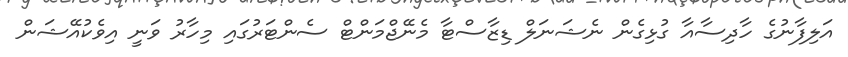
އަލިފާނުގެ ހާދިސާއާ ގުޅިގެން ނެޝަނަލް ޑިޒާސްޓާ މެނޭޖްމަންޓް ސެންޓަރުގައި މިހާރު ވަނީ އިވެކުއޭޝަން